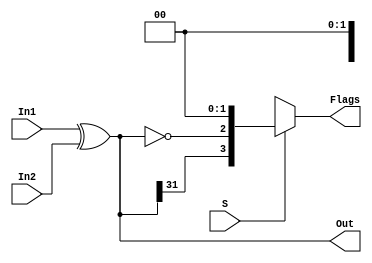
module bitwise_xor (In1, In2, Out, S, Flags);
    input [31:0] In1, In2;
    output wire [31:0] Out;
    input S;
    output [3:0] Flags;
    wire [3:0] fgs;
    assign Out = In1 ^ In2;
    assign fgs[3] = Out[31];
    assign fgs[2] = (Out == 32'b0);
    assign fgs[1:0] = 2'b00;
    assign Flags = S ? fgs : 4'bxx00;
endmodule